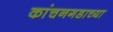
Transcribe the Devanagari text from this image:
कांचनगडाच्या